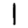
Digit: 1